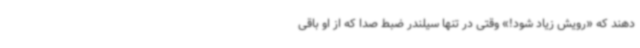
دهند که «رویش زیاد شود!» وقتی در تنها سیلندر ضبط صدا که از او باقی